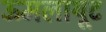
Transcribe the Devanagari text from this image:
ऊमलायूट